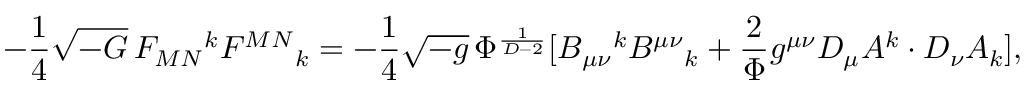
- \frac { 1 } { 4 } \sqrt { - G } \, F _ { M N } { } ^ { k } F ^ { M N } { } _ { k } = - \frac { 1 } { 4 } \sqrt { - g } \, \Phi ^ { \frac { 1 } { D - 2 } } [ B _ { \mu \nu } { } ^ { k } B ^ { \mu \nu } { } _ { k } + \frac { 2 } { \Phi } g ^ { \mu \nu } D _ { \mu } A ^ { k } \cdot D _ { \nu } A _ { k } ] ,